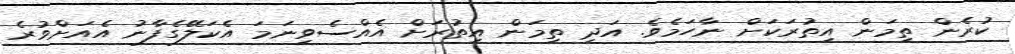
ކުރެން ތިމަން އިތުރަކަށް ނާހަމެވެ. އަދި ތިމަން އިތުރަށް އެއްސެވިނަމަ އެކަލޭގެފާނު އެއަށްވުރެ